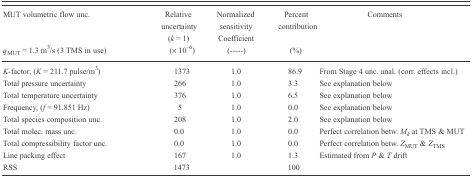
<table><thead><tr><td><b>MUT volumetric flow unc.</b></td><td><b>Relative uncertainty (<i>k</i> = 1)</b></td><td><b>Normalized sensitivity Coefficient</b></td><td><b>Percent contribution</b></td><td><b>Comments</b></td></tr><tr><td><b><i>q</i><sub>MUT</sub> = 1.3 m<sup>3</sup>/s (3 TMS in use)</b></td><td><b>(× 10<sup>−6</sup>)</b></td><td><b>(-----)</b></td><td><b>(%)</b></td><td></td></tr></thead><tbody><tr><td><i>K</i>-factor, (<i>K</i> = 211.7 pulse/m<sup>3</sup>)</td><td>1373</td><td>1.0</td><td>86.9</td><td>From Stage 4 unc. anal. (corr. effects incl.)</td></tr><tr><td>Total pressure uncertainty</td><td>266</td><td>1.0</td><td>3.3</td><td>See explanation below</td></tr><tr><td>Total temperature uncertainty</td><td>376</td><td>1.0</td><td>6.5</td><td>See explanation below</td></tr><tr><td>Frequency, (<i>f</i> = 91.851 Hz)</td><td>5</td><td>1.0</td><td>0.0</td><td>See explanation below</td></tr><tr><td>Total species composition unc.</td><td>208</td><td>1.0</td><td>2.0</td><td>See explanation below</td></tr><tr><td>Total molec. mass unc.</td><td>0.0</td><td>1.0</td><td>0.0</td><td>Perfect correlation betw. <i>M<sub>k</sub></i> at TMS &amp; MUT</td></tr><tr><td>Total compressibility factor unc.</td><td>0.0</td><td>1.0</td><td>0.0</td><td>Perfect correlation betw. <i>Z</i><sub>MUT</sub> &amp; <i>Z</i><sub>TMS</sub></td></tr><tr><td>Line packing effect</td><td>167</td><td>1.0</td><td>1.3</td><td>Estimated from <i>P</i> &amp; <i>T</i> drift</td></tr><tr><td>RSS</td><td>1473</td><td></td><td>100</td><td></td></tr></tbody></table>